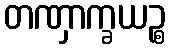
တဏှာက္ခယဉ္စ